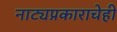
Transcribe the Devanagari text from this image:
नाट्यप्रकाराचेही